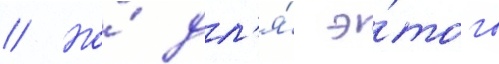
// Но́ дл'я́ э́того